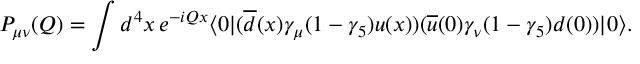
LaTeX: P _ { \mu \nu } ( Q ) = \int d ^ { 4 } x \, e ^ { - i Q x } \langle 0 | ( \overline { { d } } ( x ) \gamma _ { \mu } ( 1 - \gamma _ { 5 } ) u ( x ) ) ( \overline { { u } } ( 0 ) \gamma _ { \nu } ( 1 - \gamma _ { 5 } ) d ( 0 ) ) | 0 \rangle .